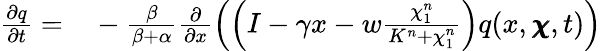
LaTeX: \begin{array}{rl}{\frac{\partial q}{\partial t}=}&{{}-\frac{\beta}{\beta+\alpha}\frac{\partial}{\partial x}\left(\left(I-\gamma x-w\frac{\chi_{1}^{n}}{K^{n}+\chi_{1}^{n}}\right)q(x,\pmb{\chi},t)\right)}\end{array}